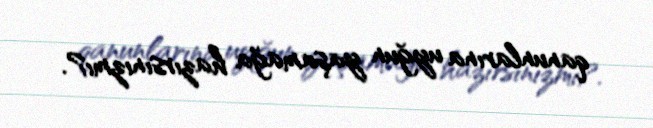
qanunlarına uyğun yaşamağa hazırsınızmı?.